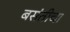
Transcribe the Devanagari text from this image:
बसंतीचा